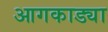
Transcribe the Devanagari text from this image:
आगकाड्या